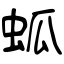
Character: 蛌